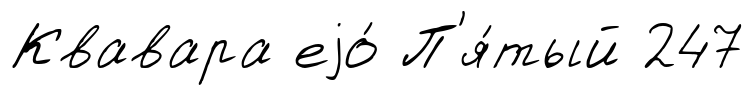
Квавара еjо́ П'я́тый 247